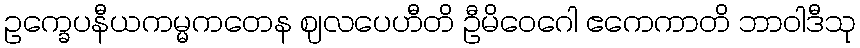
ဥက္ခေပနီယကမ္မကတေန ဈလပေဟီတိ ဦမိဝေဂေါ ဧကေကာတိ ဘာဝါဒီသု